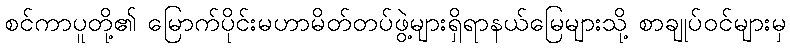
စင်ကာပူတို့၏ မြောက်ပိုင်းမဟာမိတ်တပ်ဖွဲ့များရှိရာနယ်မြေများသို့ စာချုပ်ဝင်များမှ